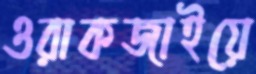
ওরাকজাইয়ে